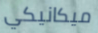
ميكانيكي